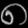
Digit: ၈